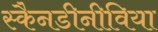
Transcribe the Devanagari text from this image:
स्कैनडीनीविया